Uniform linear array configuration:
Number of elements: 32
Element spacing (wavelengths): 0.5
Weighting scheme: kaiser
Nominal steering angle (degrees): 45
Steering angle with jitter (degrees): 44.596
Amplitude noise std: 0.05
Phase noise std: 0.05

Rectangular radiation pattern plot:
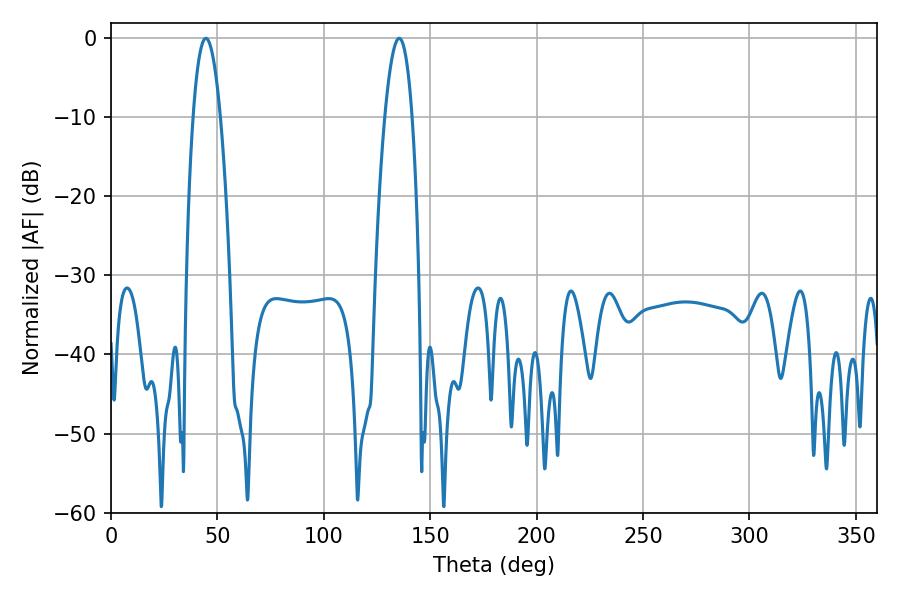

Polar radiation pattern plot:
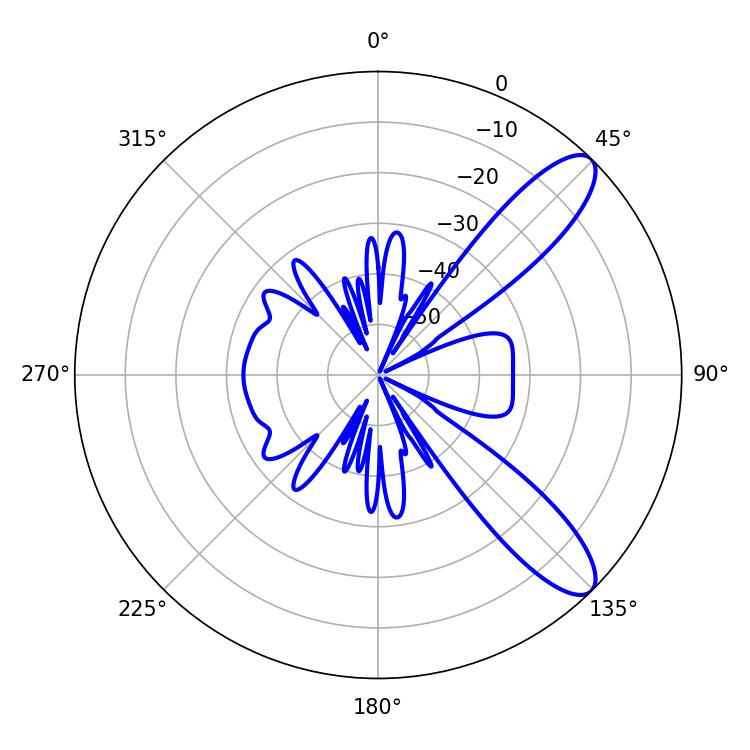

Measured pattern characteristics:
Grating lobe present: FALSE
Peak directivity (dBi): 10.298
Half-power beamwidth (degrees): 7.02
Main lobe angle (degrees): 44.64